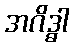
အဂိဒ္ဓါ